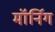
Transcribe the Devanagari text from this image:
मॉर्निग